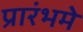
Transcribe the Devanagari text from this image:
प्रारंभमे